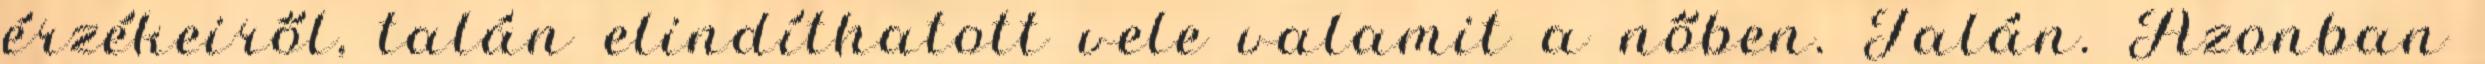
érzékeiről, talán elindíthatott vele valamit a nőben. Talán. Azonban